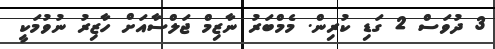
3 ދުވަސް 2 ގަޑި ކުރިން. މެމްބަރު ނާޒިމް ޖަލްސާއަށް ހާޒިރު ނުވުމަކީ